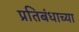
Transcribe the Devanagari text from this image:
प्रतिबंधाच्या